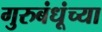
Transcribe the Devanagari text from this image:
गुरुबंधूंच्या